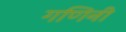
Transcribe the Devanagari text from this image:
गणिनी